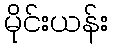
မိုင်းယန်း